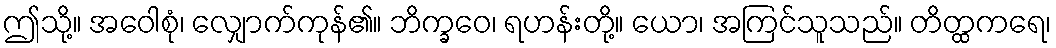
ဤသို့။ အဝေါစုံ၊ လျှောက်ကုန်၏။ ဘိက္ခဝေ၊ ရဟန်းတို့။ ယော၊ အကြင်သူသည်။ တိတ္ထကရေ၊